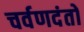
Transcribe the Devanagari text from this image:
चर्वणदंतों